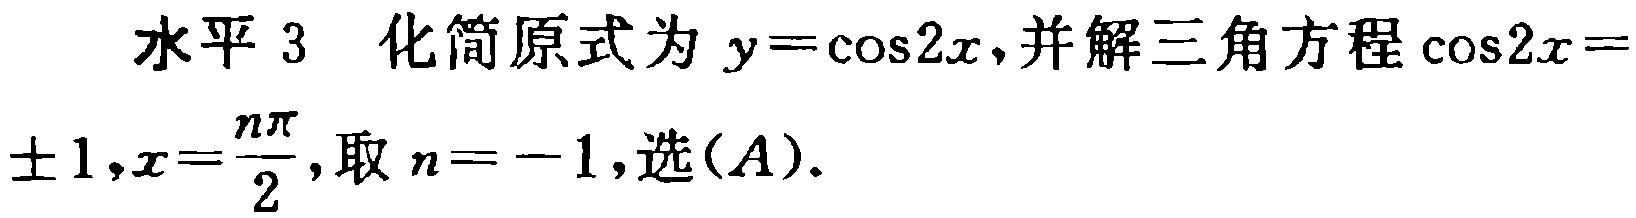
水平 3  化简原式为 \(y = \cos2x\)，并解三角方程\(\cos2x = \pm1,x=\frac{n\pi}{2}\)，取 \(n = - 1\)，选\((A)\)。